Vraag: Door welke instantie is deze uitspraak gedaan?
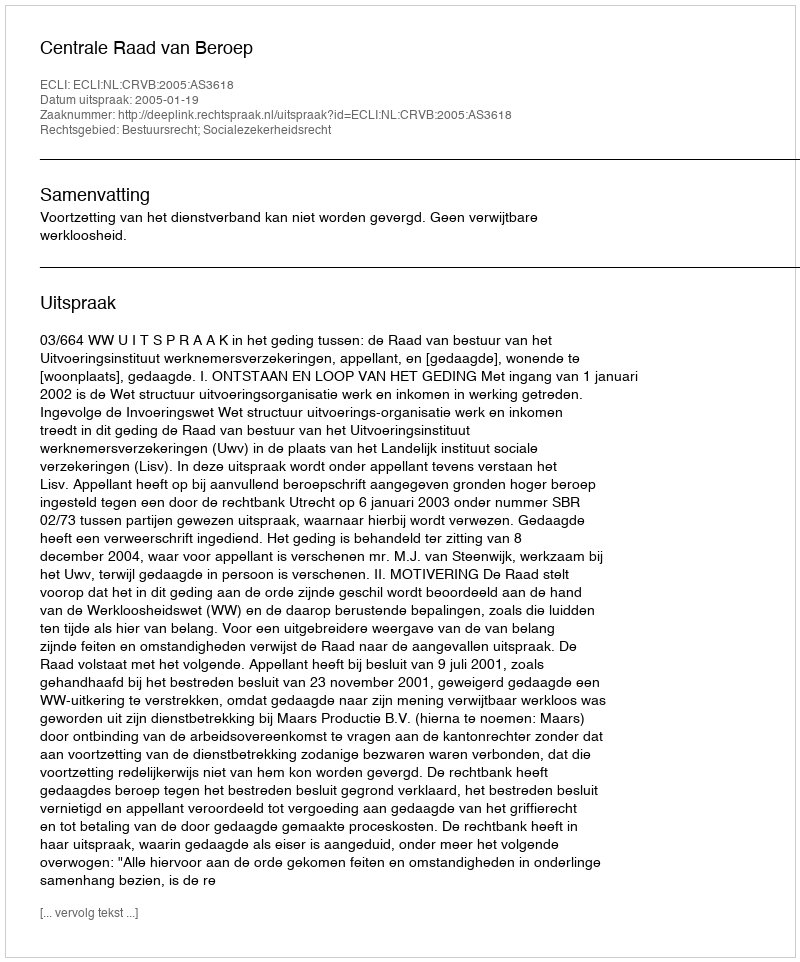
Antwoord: Centrale Raad van Beroep